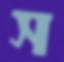
স